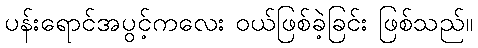
ပန်းရောင်အပွင့်ကလေး ဝယ်ဖြစ်ခဲ့ခြင်း ဖြစ်သည်။